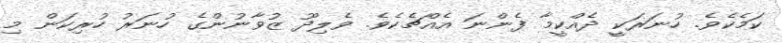
ކަމެކެވެ. ހުނަރަކީ ދެއްކީމާ ފެންނަ އެއްޗެކެވެ. ވެލިދޫ ޒުވާނުންގެ ހުނަރު ހުރިކަން މި